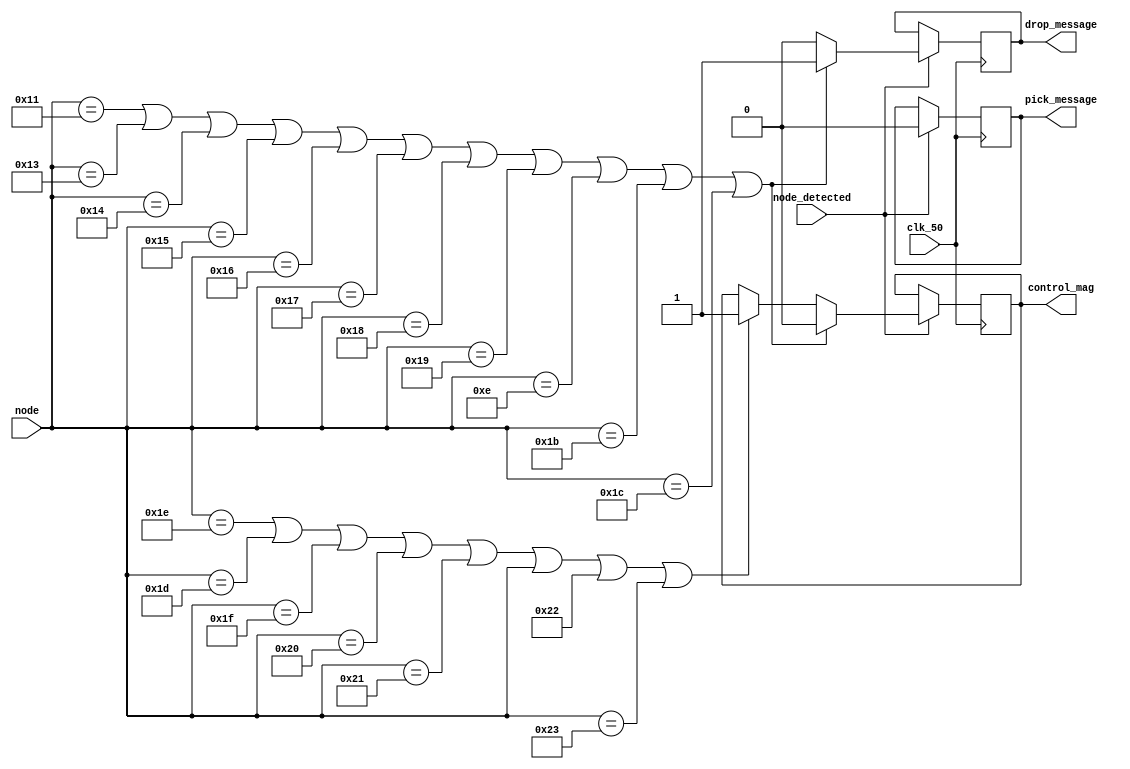
module SM_1153_pick_drop(
input clk_50,
input [31:0]node,
input node_detected,
output control_mag,
output drop_message,
output pick_message
);

reg control_mag_temp=0;
always@(posedge clk_50)begin
if(node_detected==1)begin
if(node==30||node==29||node==31||node==32||node==33||node||34||node==35)begin
control_mag_temp<=1;
pick_message_temp<=1;
drop_message_temp<=0;
end
else begin
pick_message_temp<=0;
drop_message_temp<=0;

end
if(node==17||node==19||node==20||node==21||node==22||node==23||node==24||node==25||node==14||node==27||node==28)begin
control_mag_temp<=0;
drop_message_temp<=1;
pick_message_temp<=0;
end
else begin
pick_message_temp<=0;
drop_message_temp<=0;

end
end
end
assign control_mag=control_mag_temp;
assign pick_message=pick_message_temp;
assign drop_message=drop_message_temp;

endmodule